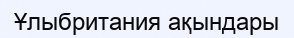
Ұлыбритания ақындары